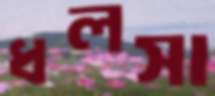
ধলসা